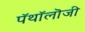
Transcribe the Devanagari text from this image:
पॅथॉलॊजी